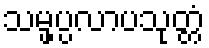
သမ္ဖပ္ပလာပသုတ္တံ